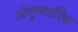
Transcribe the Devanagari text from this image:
अंगुल्यास्थि